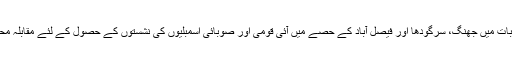
شہبازشریف اس کی وجہ سے کمزور نظر آئے تو آئندہ انتخابات میں جھنگ، سرگودھا اور فیصل آباد کے حصے میں آئی قومی اور صوبائی اسمبلیوں کی نشستوں کے حصول کے لئے مقابلہ محض جانی پہچانی سیاسی جماعتوں کے درمیان نہیں رہے گا۔